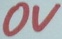
Text: 0V